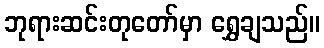
ဘုရားဆင်းတုတော်မှာ ရွှေချသည်။